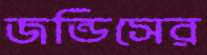
জন্ডিসের